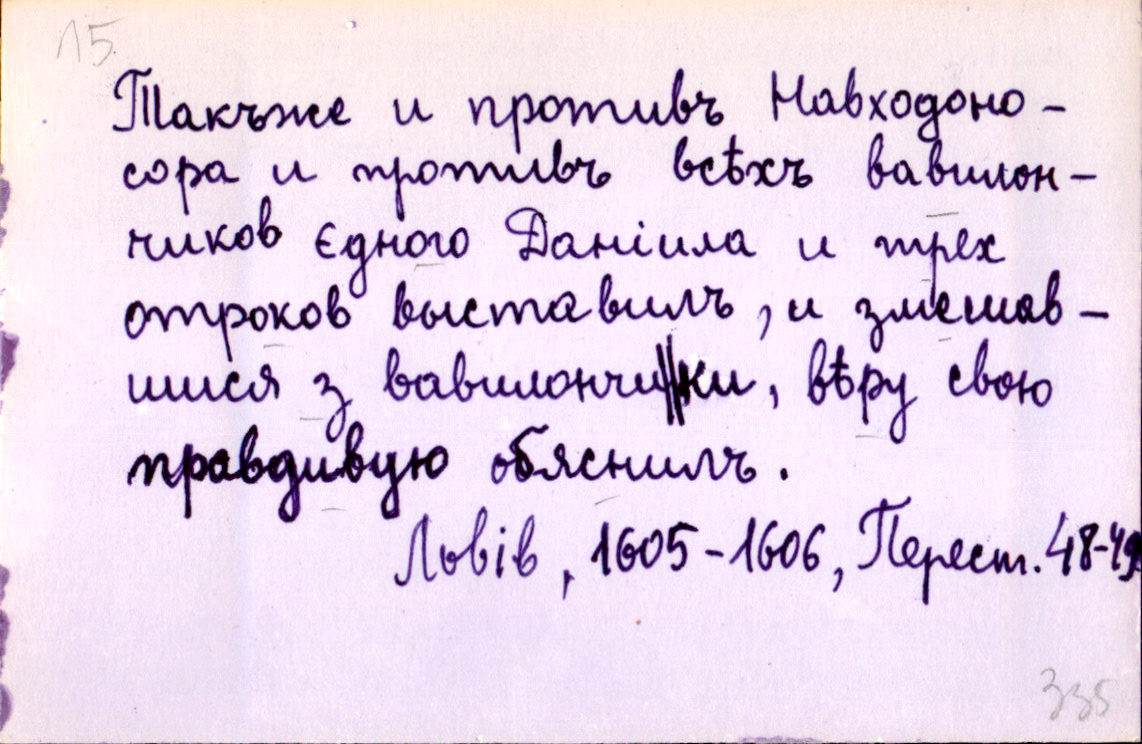
Такъже и противъ Навходоно-
сора и противъ всѣхъ вавилон-
чиков єдного Даніила и трех
отроков выставилъ, и змешав-
шися з вавилончи║ки, вѣру свою
правдивую обяснилъ.
Львів, 1605-1606, Перест. 48-49